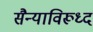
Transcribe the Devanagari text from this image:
सैन्याविरूध्द